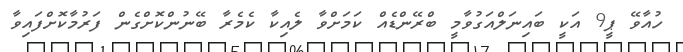
ހުއާވޭ ޕީ9 އަކީ ބައިނަލްއަގުވާމީ ބްރޭންޑެއް ކަމަށްވާ ލެއިކާ ކެމެރާ ބޭނުންކޮށްގެން ފަރުމާކޮށްފައިވާ